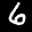
Label: 6